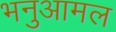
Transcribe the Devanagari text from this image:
भनुआमल